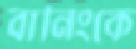
বানিংকে